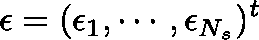
\mathbf { \epsilon } = ( \epsilon _ { 1 } , \cdots , \epsilon _ { N _ { s } } ) ^ { t }